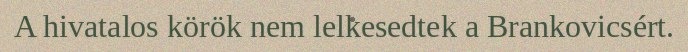
A hivatalos körök nem lelkesedtek a Brankovicsért.